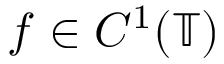
f \in C ^ { 1 } ( \mathbb { T } )